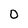
Character: 0